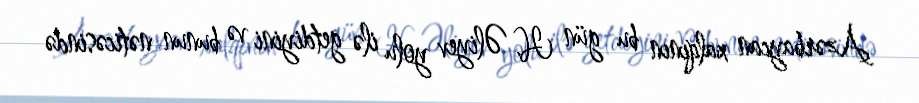
Azərbaycan xalqının bu gün H. Əliyev yolu ilə getdiyini və bunun nəticəsində